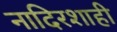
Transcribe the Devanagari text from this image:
नादिरशाही